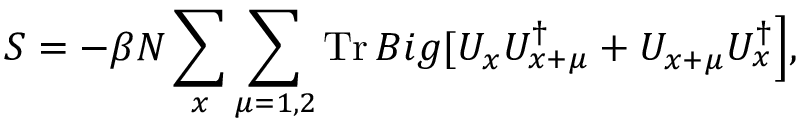
S = - \beta N \sum _ { x } \sum _ { \mu = 1 , 2 } \mathrm { T r } \, B i g [ U _ { x } U _ { x + \mu } ^ { \dag } + U _ { x + \mu } U _ { x } ^ { \dag } \Big ] ,